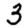
Digit: 3